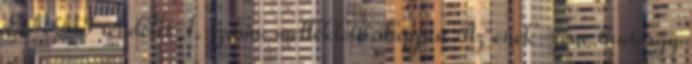
EMMI rendelet 1. számú melléklete alapján Az ének-zene tantárgy